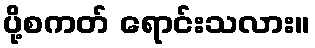
ပို့စကတ် ရောင်းသလား။